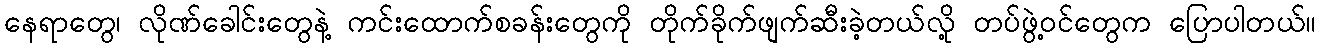
နေရာတွေ၊ လိုဏ်ခေါင်းတွေနဲ့ ကင်းထောက်စခန်းတွေကို တိုက်ခိုက်ဖျက်ဆီးခဲ့တယ်လို့ တပ်ဖွဲ့ဝင်တွေက ပြောပါတယ်။